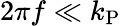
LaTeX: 2\pi f\ll k_{\mathrm{P}}